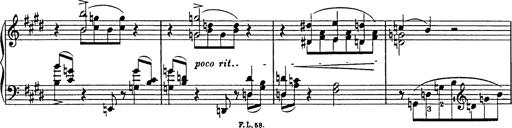
Title: Consolations
Composer: Franz Liszt